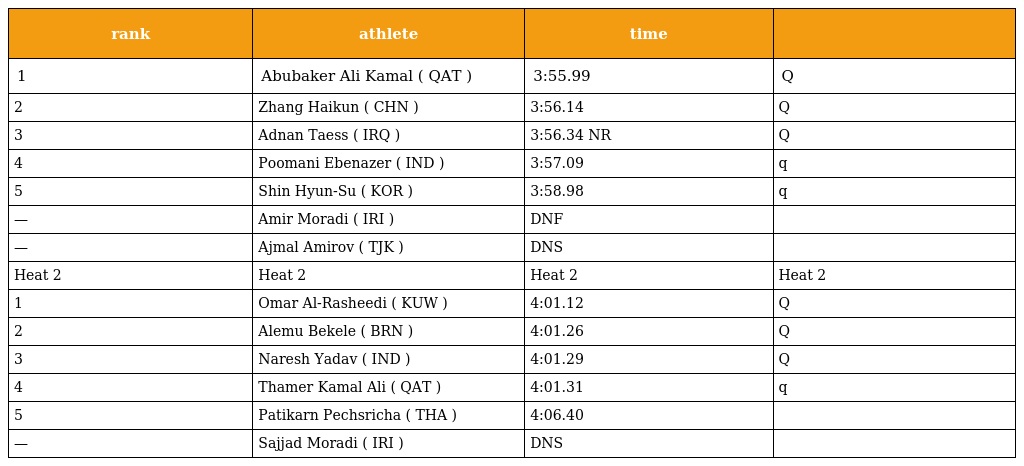
| rank | athlete | time |  |
 | --- | --- | --- | --- |
 | 1 | Abubaker Ali Kamal ( QAT ) | 3:55.99 | Q |
 | 2 | Zhang Haikun ( CHN ) | 3:56.14 | Q |
 | 3 | Adnan Taess ( IRQ ) | 3:56.34 NR | Q |
 | 4 | Poomani Ebenazer ( IND ) | 3:57.09 | q |
 | 5 | Shin Hyun-Su ( KOR ) | 3:58.98 | q |
 | — | Amir Moradi ( IRI ) | DNF |  |
 | — | Ajmal Amirov ( TJK ) | DNS |  |
 | Heat 2 | Heat 2 | Heat 2 | Heat 2 |
 | 1 | Omar Al-Rasheedi ( KUW ) | 4:01.12 | Q |
 | 2 | Alemu Bekele ( BRN ) | 4:01.26 | Q |
 | 3 | Naresh Yadav ( IND ) | 4:01.29 | Q |
 | 4 | Thamer Kamal Ali ( QAT ) | 4:01.31 | q |
 | 5 | Patikarn Pechsricha ( THA ) | 4:06.40 |  |
 | — | Sajjad Moradi ( IRI ) | DNS |  |